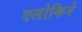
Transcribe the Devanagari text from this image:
एलोकिने